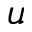
u